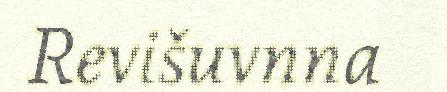
Revišuvnna